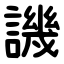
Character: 譏